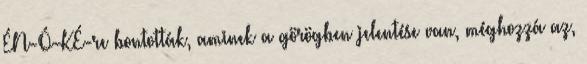
ÉN-Ó-KÉ-re bontották, aminek a görögben jelentése van, méghozzá az,